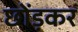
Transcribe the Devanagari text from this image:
छोंड़कर